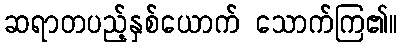
ဆရာတပည့်နှစ်ယောက် သောက်ကြ၏။